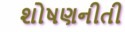
શોષણનીતી